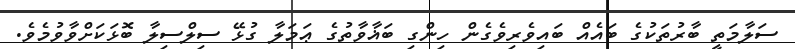
ސަލާމަތީ ބާރުތަކުގެ ބައެއް ބައިވެރިވެގެން ހިންގި ބަޣާވާތުގެ ޢަމަލާ ގުޅޭ ސިލްސިލާ ބޮޅަކަށްވާވުމެވެ.